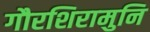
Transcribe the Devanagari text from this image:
गौरशिरामुनि